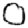
Digit: 0